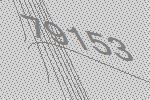
79153